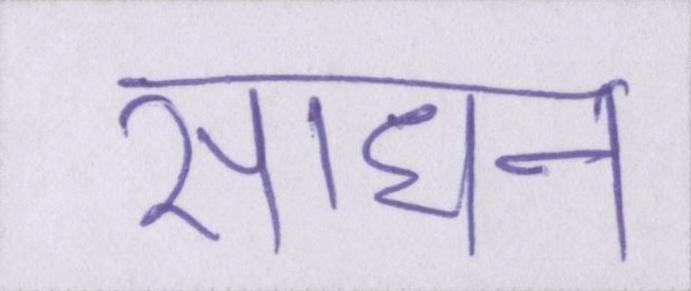
साधन